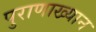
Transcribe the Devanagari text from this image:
पुराणाख्यान